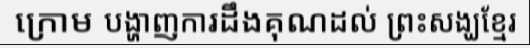
ក្រោម បង្ហាញការដឹងគុណដល់ ព្រះសង្ឃខ្មែរ